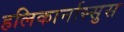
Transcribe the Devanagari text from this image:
हलिकार्नास्सुस